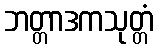
ဘတ္တာဒကသုတ္တံ